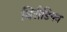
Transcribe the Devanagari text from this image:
विरीडियन